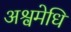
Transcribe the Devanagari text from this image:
अश्वमेधि